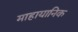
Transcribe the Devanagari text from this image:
माहायानिक